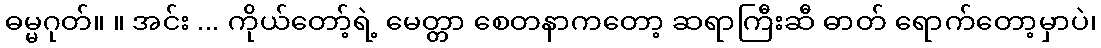
ဓမ္မဂုတ်။ ။ အင်း ... ကိုယ်တော့်ရဲ့ မေတ္တာ စေတနာကတော့ ဆရာကြီးဆီ ဓာတ် ရောက်တော့မှာပဲ၊